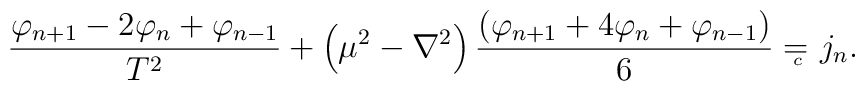
\frac{\varphi _{n+1}-2\varphi _n+\varphi _{n-1}}{T^2}+\left( \mu ^2-\nabla^2\right) \frac{\left( \varphi _{n+1}+4\varphi _n+\varphi _{n-1}\right) }6 ={}_{{}_{\!\!\!\!\!\!\!c}} \;\, j_n.